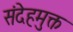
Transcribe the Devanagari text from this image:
संदेहमुक्त